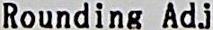
ROUNDING ADJ